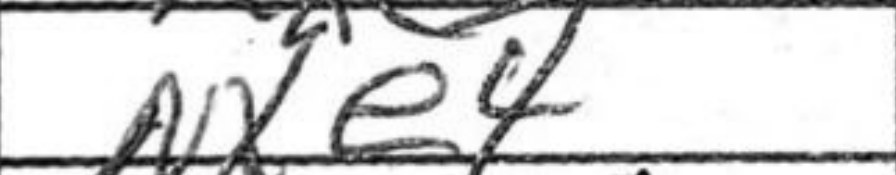
Transcription: Nxe4